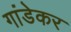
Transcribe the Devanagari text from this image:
गांडेकर